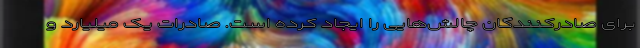
برای صادرکنندگان چالش‌هایی را ایجاد کرده است. صادرات یک میلیارد و